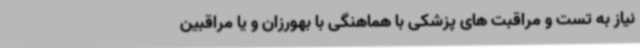
نیاز به تست و مراقبت های پزشکی با هماهنگی با بهورزان و یا مراقبین